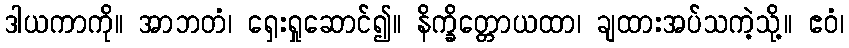
ဒါယကာကို။ အာဘတံ၊ ရှေးရှုဆောင်၍။ နိက္ခိတ္တောယထာ၊ ချထားအပ်သကဲ့သို့။ ဧဝံ၊